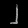
Digit: ၂